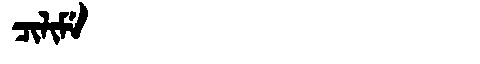
Manchu: ᠴᡳᠯᡳᠮᡝ
Romanization: CILIME